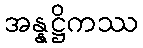
အန္နဋ္ဌိကဿ